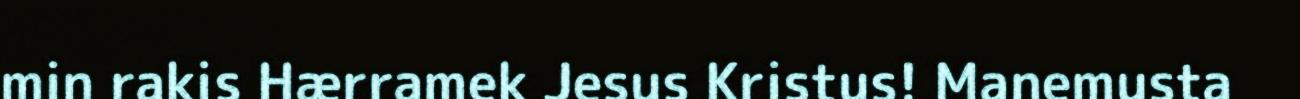
min rakis Hærramek Jesus Kristus! Manemusta